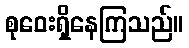
စုဝေးရှိနေကြသည်။